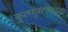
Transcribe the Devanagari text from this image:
कुलगुरुपदसुद्धा